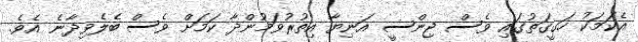
އެކަމަކު ހަގީގަތުގައި ވެސް ޖިންސީ އަނިޔާ އިތުރުވަމުންދާ ކަމަށް ވެސް ބެލެވިދާނެ އެވެ.